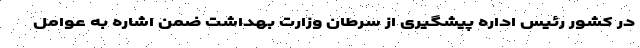
در کشور رئیس اداره پیشگیری از سرطان وزارت بهداشت ضمن اشاره به عوامل